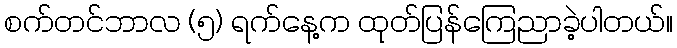
စက်တင်ဘာလ (၅) ရက်နေ့က ထုတ်ပြန်ကြေညာခဲ့ပါတယ်။